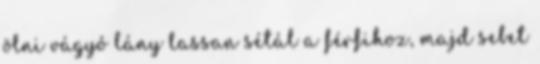
ölni vágyó lány lassan sétál a férfihoz, majd sebet